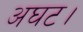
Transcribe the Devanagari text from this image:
अघट।